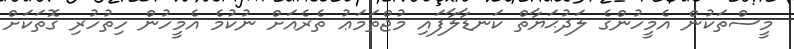
މީސްތަކުން އެމީހުންގެ ލަދުޙަޔާތް ކަނޑާލާފައި މުޖްތަމަޢު ތެރެއަށް ނުކުމެ އެމީހުން ހިތުހުރި ގޮތަކަށް